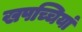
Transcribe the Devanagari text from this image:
खपच्चियां